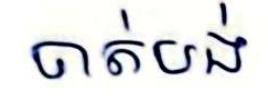
បាត់បង់